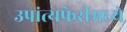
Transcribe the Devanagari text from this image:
उपांत्यफेरीमध्ये